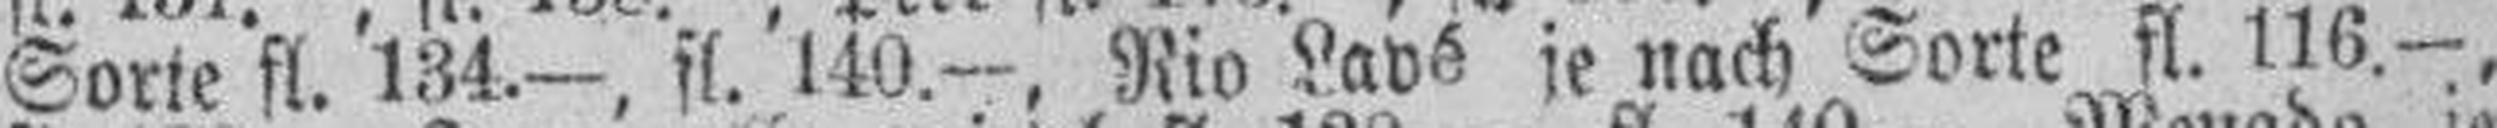
Sorte fl. 134.—, fl. 140.—. Rio Lavé je nach Sorte fl. 116.—,